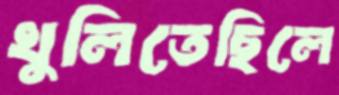
খুলিতেছিলে